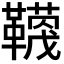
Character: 𮧬